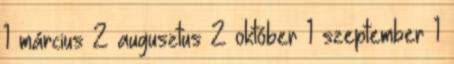
1 március 2 augusztus 2 október 1 szeptember 1